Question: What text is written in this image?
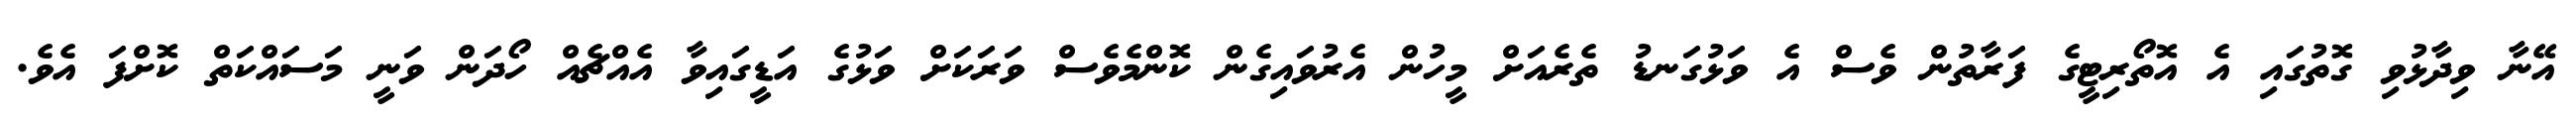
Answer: އޭނާ ވިދާޅުވި ގޮތުގައި އެ އޮތޯރިޓީގެ ފަރާތުން ވެސް އެ ވަޅުގަނޑު ތެރެއަށް މީހުން އެރުވައިގެން ކޮންމެވެސް ވަރަކަށް ވަޅުގެ އަޑީގައިވާ އެއްޗެއް ހޯދަން ވަނީ މަސައްކަތް ކޮށްފަ އެވެ.